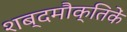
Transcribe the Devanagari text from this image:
शब्दमौक्तिकें